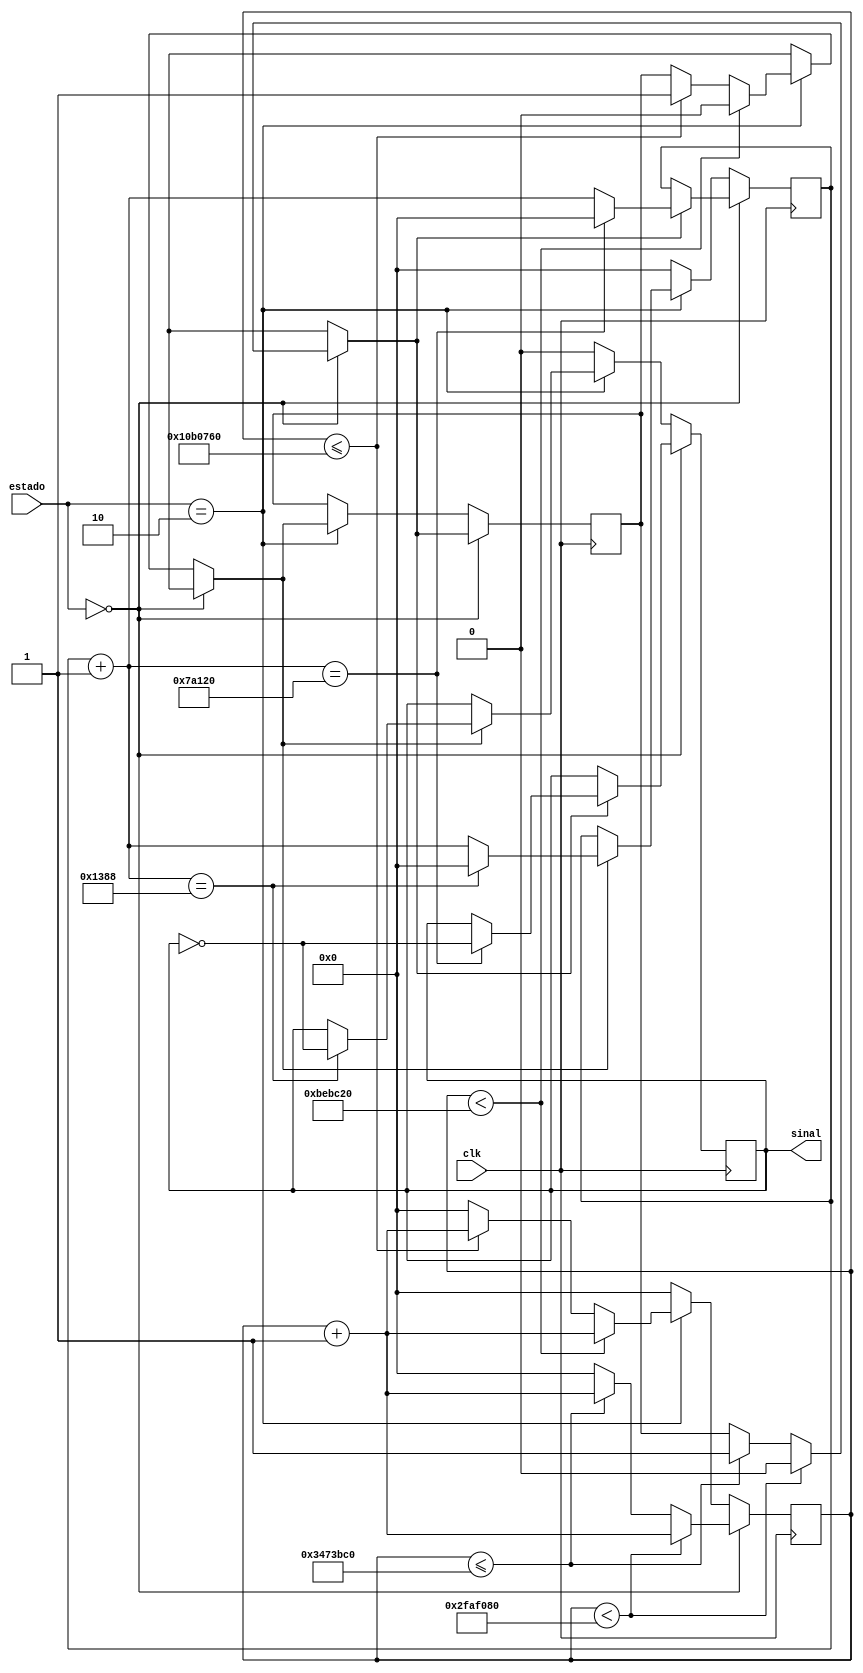
module buzzer_controller(estado,clk,sinal);
	
	input [1:0] estado;
	input clk;
	output reg sinal;
	
	reg [25:0] cont;
	reg [25:0] cont2;
	reg flag;
	reg aciona;
	
	initial
	begin
		cont = 0;
		cont2 = 0;
		flag = 1;
		aciona = 0;
	end
	
	always @(posedge clk)
	begin
		if(estado == 0) //Frio
		begin
			
			if(cont < 50_000_000)
			begin
				cont = cont + 1;
				aciona = 0;
			end
			else if(cont <= 55_000_000)
			begin
				aciona = 1;
				cont = cont + 1;
			end
			else
				cont = 0;
									
			if(aciona == 1)
			begin
				cont2 = cont2 + 1;
				
				if(cont2 == 5_000_00)
				begin
					sinal = ~sinal;
					cont2 = 0;
				end
			end
		end
		else if(estado == 2) //Quente
		begin
			if(cont < 12_500_000)
			begin
				cont = cont + 1;
				aciona = 0;
			end
			else if(cont <= 17_500_000)
			begin
				aciona = 1;
				cont = cont + 1;
			end
			else
				cont = 0;
			
			if(aciona == 1)
			begin
				cont2 = cont2 + 1;
				
				if(cont2 == 5_000)
				begin
					sinal = ~sinal;
					cont2 = 0;
				end
			end
		end
		else
		begin
			sinal = 0;
			cont = 0;
			cont2 = 0;
		end
	end
	
endmodule